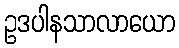
ဥဒပါနသာလာယော